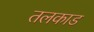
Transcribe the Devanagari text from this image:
तलकाड